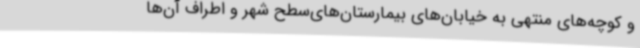
و کوچه‌های منتهی به خیابان‌های بیمارستان‌های‌سطح شهر و اطراف آن‌ها